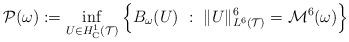
LaTeX: \begin{align*}\mathcal{P}(\omega) := \inf_{U \in H^1_{\rm C}(\mathcal{T})} \left\{ B_{\omega}(U)\ :\ \| U \|^6_{L^6(\mathcal{T})} = \mathcal{M}^6(\omega) \right\}\end{align*}